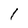
Character: l